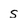
Character: s